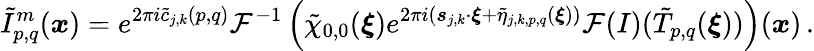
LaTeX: \tilde{I}_{p,q}^{m}(\boldsymbol{x})=e^{2\pi i\tilde{c}_{j,k}(p,q)}\mathcal{F}^{-1}\left(\tilde{\chi}_{0,0}(\boldsymbol{\xi})e^{2\pi i(\boldsymbol{s}_{j,k}\cdot\boldsymbol{\xi}+\tilde{\eta}_{j,k,p,q}(\boldsymbol{\xi}))}\mathcal{F}(I)(\tilde{T}_{p,q}(\boldsymbol{\xi}))\right)(\boldsymbol{x})\, .